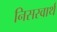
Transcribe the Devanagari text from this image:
निसस्वार्थ